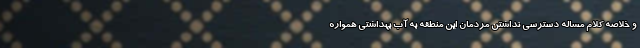
و خلاصه كلام مساله دسترسي نداشتن مردمان اين منطقه به آب بهداشتي همواره